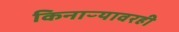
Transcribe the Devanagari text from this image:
किनाऱ्यावरही